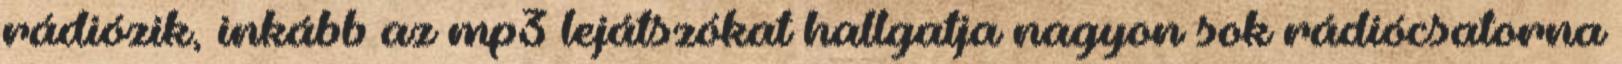
rádiózik, inkább az mp3 lejátszókat hallgatja nagyon sok rádiócsatorna